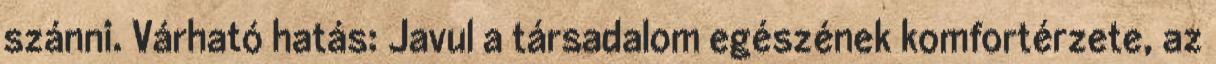
szánni. Várható hatás: Javul a társadalom egészének komfortérzete, az